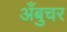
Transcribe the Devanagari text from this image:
अँबुचर